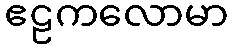
ဧဠကလောမာ